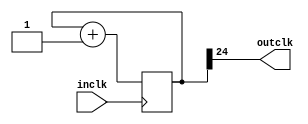
/*
Author:  Katie Neff
Title: 	 clockdiv
Summary: This divides the clock to slow it down. divided_clocks[0] = 25MHz, 
		 [1] = 12.5Mhz, ... [23] = 3Hz, [24] = 1.5Hz, [25] = 0.75Hz, ... 
*/

module clockdiv(outclk, inclk);
    output outclk;
	 input inclk;
	 reg [25:0] ticks;
	 always @(posedge inclk)
	     ticks = ticks + 1'b1;
    assign outclk = ticks[24];
endmodule